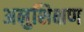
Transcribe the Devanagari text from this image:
अनुशिक्षण